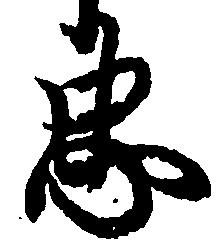
忠